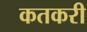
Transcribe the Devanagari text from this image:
कतकरी